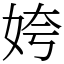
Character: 姱